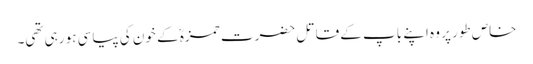
خاص طور پر وہ اپنے باپ کے قاتل حضرت حمزہؓ کے خون کی پیاسی ہو رہی تھی۔